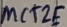
Text: NCT2E